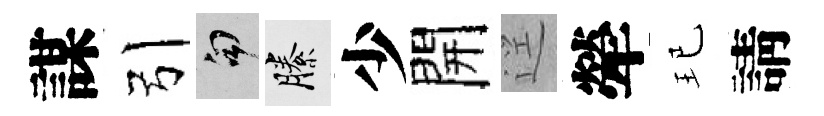
謀引句縢少開逕犖玘請